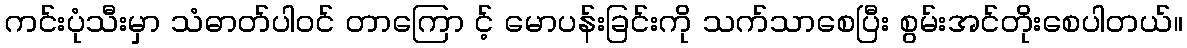
ကင်းပုံသီးမှာ သံဓာတ်ပါဝင် တာကြော င့် မောပန်းခြင်းကို သက်သာစေပြီး စွမ်းအင်တိုးစေပါတယ်။